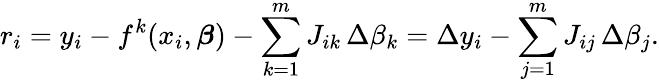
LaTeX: r_{i}=y_{i}-f^{k}(x_{i},{\boldsymbol{\beta}})-\sum_{k=1}^{m}J_{ik}\, \Delta\beta_{k}=\Delta y_{i}-\sum_{j=1}^{m}J_{ij}\, \Delta\beta_{j}.